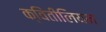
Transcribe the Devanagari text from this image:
क्विंतीलियन